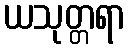
ယသုတ္တရာ